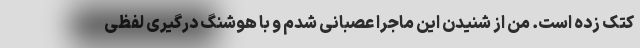
کتک زده است. من از شنیدن این ماجرا عصبانی شدم و با هوشنگ درگیری لفظی